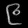
Digit: ၉